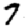
Digit: 7